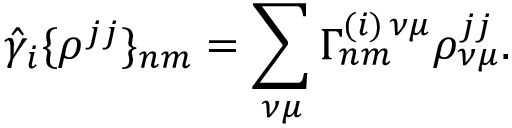
{ \hat { \gamma } } _ { i } \{ \rho ^ { j j } \} _ { n m } = \sum _ { \nu \mu } \Gamma _ { n m } ^ { ( i ) \, \nu \mu } \rho _ { \nu \mu } ^ { j j } .